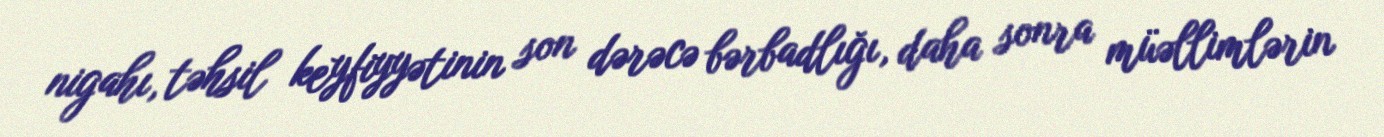
nigahı, təhsil keyfiyyətinin son dərəcə bərbadlığı, daha sonra müəllimlərin